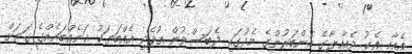
އެއާއި އެކު ދެއާއިލާގެ މެންބަރުންގެ މެދުގައި ދެބަސްވުން އުފެދި އެއްބަޔަކު އަނެއްބައެއްގެ ގަޔަށް